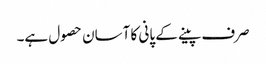
صرف پینے کے پانی کا آسان حصول ہے۔